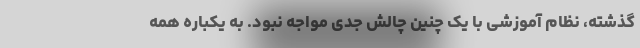
گذشته، نظام آموزشی با یک چنین چالش جدی مواجه نبود. به یکباره همه